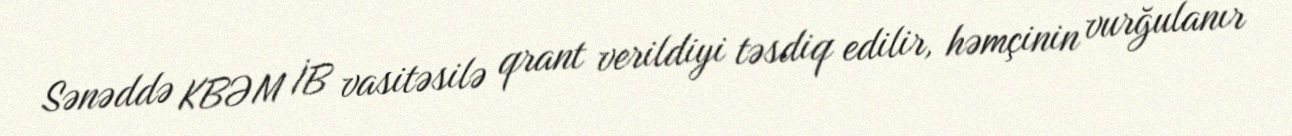
Sənəddə KBƏM İB vasitəsilə qrant verildiyi təsdiq edilir, həmçinin vurğulanır